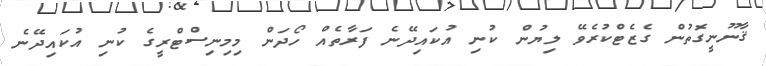
ޤާނޫނީގޮތުން ގެޒެޓްކުރެވޭ ލިޔުން ކުނި އުކައިދޭނެ ފަރާތެއް ހޯދަން މިމިނިސްޓްރީގެ ކުނި އުކައިދޭނެ